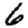
Digit: 6